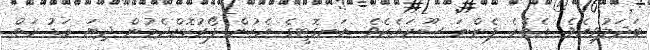
ބަދަލުވިއެވެ. އެތެރެ ފެންނަ ސޫރައެކެވެ. އަނގޮޓީގެ އެހުން ފޯރުކޮށްދެމުން ދިޔަ މަޑު ރަތް